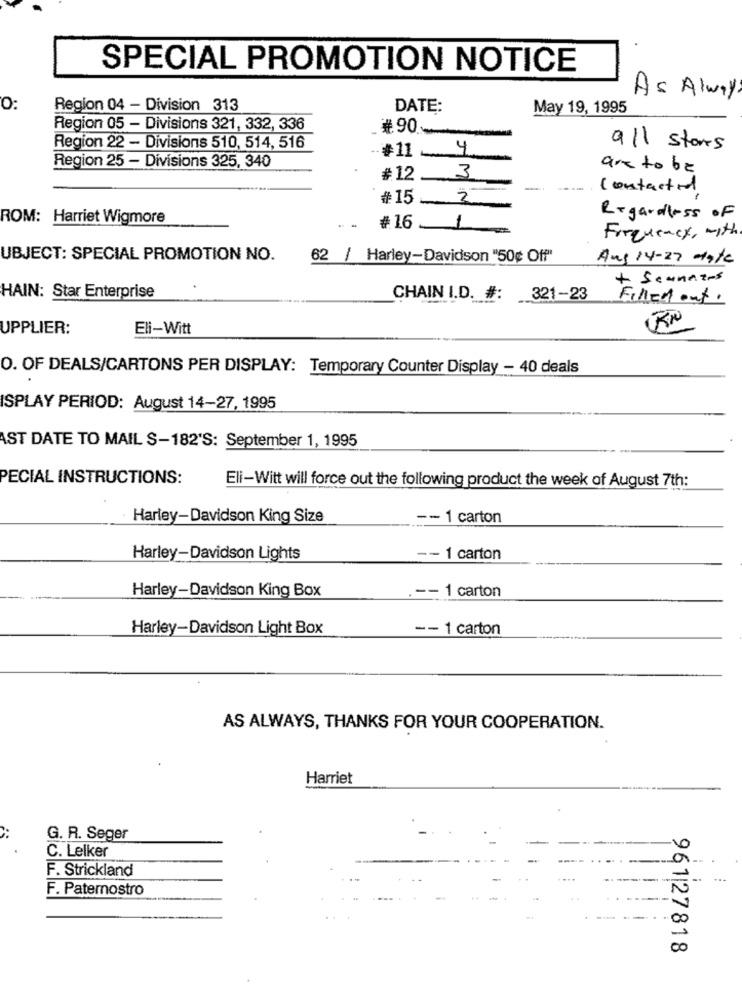
SPECIAL PROMOTION NOTICE
As Always
0:
Region 04 - Division 313
DATE:
May 19, 1995
Region 05 - Divisions 321, 332, 336
#90-
Region 22 - Divisions 510, 514, 516
4
all stars
Region 25 - Divisions 325, 340
#11-
aretobe
#12
3
-
Contacted
₦15
2
ROM: Harriet Wigmore
Regardless of
#16
1
Frequency, with
UBJECT: SPECIAL PROMOTION NO.
62 / Harley-Davidson "50¢ Off"
Aug 14-27 date
+ Seanazes
HAIN: Star Enterprise
CHAIN I.D. #: 321-23
Filled out.
KN
UPPLIER:
Eli-Witt
O. OF DEALS/CARTONS PER DISPLAY: Temporary Counter Display - 40 deals
ISPLAY PERIOD: August 14-27, 1995
AST DATE TO MAIL S-182'S: September 1, 1995
PECIAL INSTRUCTIONS:
Eli-Witt will force out the following product the week of August 7th:
Harley-Davidson King Size
-- 1 carton
Harley-Davidson Lights
-- 1 carton
Harley-Davidson King Box
.-- 1 carton
Harley-Davidson Light Box
-- 1 carton
AS ALWAYS, THANKS FOR YOUR COOPERATION.
Harriet
G. R. Seger
C. Lelker
F. Strickland
---
F. Paternostro
961|27818